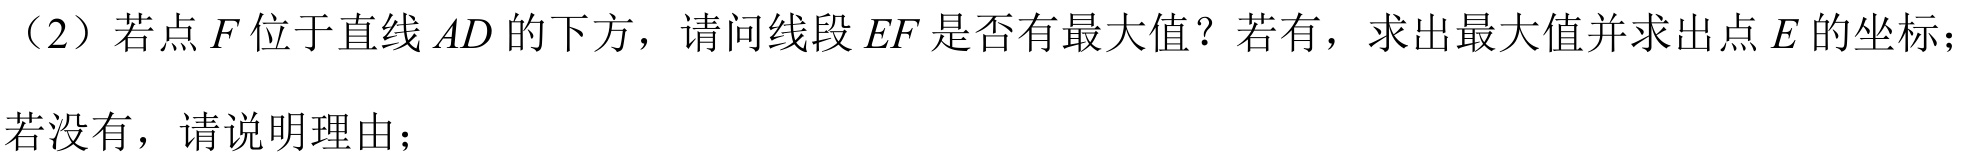
（2）若点 \(F\) 位于直线 \(AD\) 的下方，请问线段 \(EF\) 是否有最大值？若有，求出最大值并求出点 \(E\) 的坐标；若没有，请说明理由；